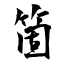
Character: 箇